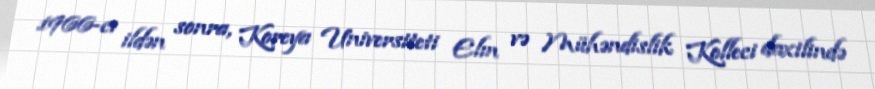
1966-cı ildən sonra, Koreya Universiteti Elm və Mühəndislik Kolleci daxilində